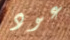
عود